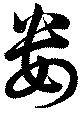
婁